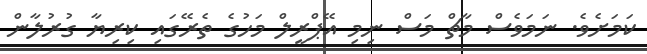
ކަމަށެވެ. ނަމަވެސް މާޗް މަސް ނިމި އޭޕްރީލް މަހުގެ ތެރޭގައި ކިރިޔާ ގުރުލާން